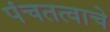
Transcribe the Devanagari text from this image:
पंचतत्वाचे